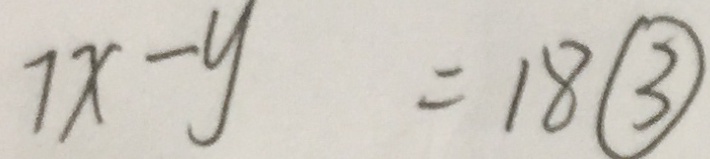
7 1 x - y = 1 8 \textcircled { 3 }